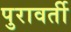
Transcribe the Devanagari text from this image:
पुरावर्ती